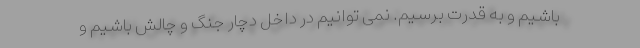
باشیم و به قدرت برسیم. نمی توانیم در داخل دچار جنگ و چالش باشیم و